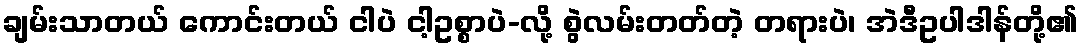
ချမ်းသာတယ် ကောင်းတယ် ငါပဲ ငါ့ဥစ္စာပဲ-လို့ စွဲလမ်းတတ်တဲ့ တရားပဲ၊ အဲဒီဥပါဒါန်တို့၏